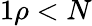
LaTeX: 1\le\rho<N